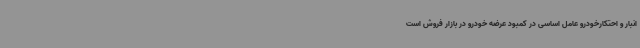
انبار و احتکارخودرو عامل اساسی در کمبود عرضه خودرو در بازار فروش است